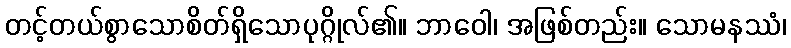
တင့်တယ်စွာသောစိတ်ရှိသောပုဂ္ဂိုလ်၏။ ဘာဝေါ၊ အဖြစ်တည်း။ သောမနဿံ၊